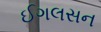
ઈગલસન